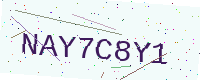
Text: NAY7C8Y1